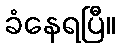
ခံနေရပြီ။